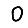
Digit: 0